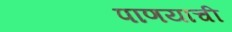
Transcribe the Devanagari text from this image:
पाणयाची